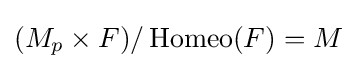
(M_{p}\times F)/\operatorname {Homeo} (F)=M